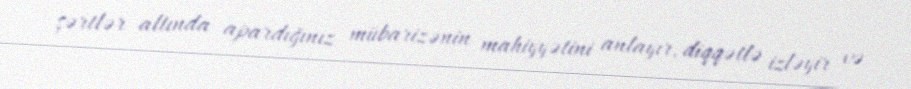
şərtlər altında apardığınız mübarizənin mahiyyətini anlayır, diqqətlə izləyir və